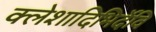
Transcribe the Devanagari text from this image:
क्लेशादिभिर्देवि